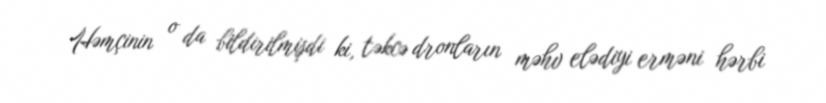
Həmçinin o da bildirilmişdi ki, təkcə dronların məhv elədiyi erməni hərbi